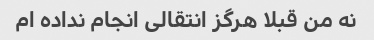
نه من قبلا هرگز انتقالی انجام نداده ام